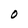
Character: O